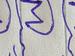
Signature authenticity: genuine